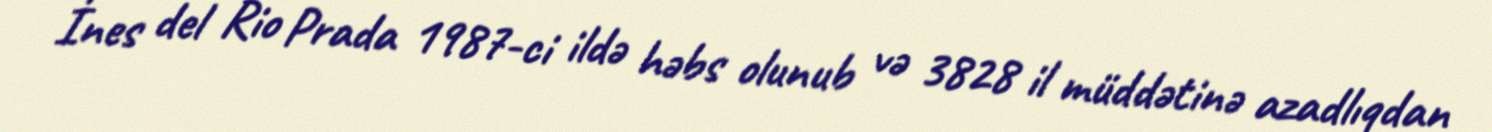
İnes del Rio Prada 1987-ci ildə həbs olunub və 3828 il müddətinə azadlıqdan